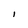
Character: I